Senior Leaving Certificate Examination (including Day School Certificate (Higher) General paper), 1946
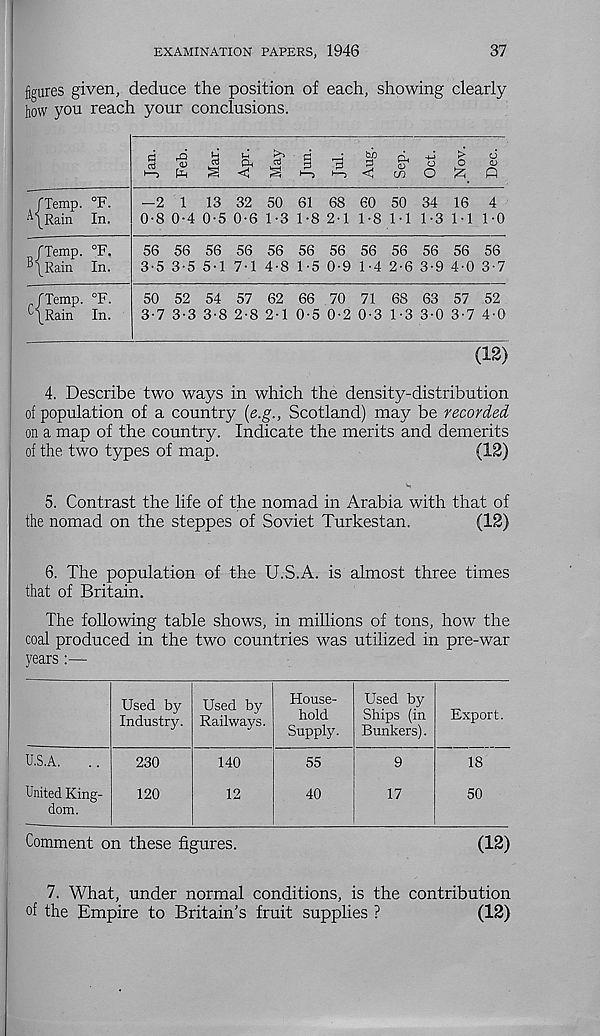
EXAMINATION PAPERS, 1946
37
figures given, deduce the position of each, showing clearly
how you reach your conclusions.
/Temp. °F.
A/Rain In.
§
rQ <D
pH
CTJ
<
cd Pi
0
b/3
0
<
rL -4-j
o
o o
o
O ^ Q
-2 1 13 32 50 61 68 60 50 34 16 4
0-8 0-4 0-5 0-6 1-3 1-8 2-1 1-8 M 1-3 M 1-0
/Temp. °F.
^/Rain In.
56 56 56 56 56 56 56 56 56 56 56 56
3-5 3-5 5-1 7-1 4-8 1-5 0-9 1-4 2-6 3-9 4-0 3-7
/Temp. °F.
^/Rain In.
50 52 54 57 62 66 70 71 68 63 57 52
3-7 3-3 3-8 2-8 2-1 0-5 0-2 0-3 1-3 3-0 3-7 4-0
(12)
4. Describe two ways in which the density-distribution
of population of a country (e.g., Scotland) may be recorded
on a map of the country. Indicate the merits and demerits
of the two types of map.
(12)
5. Contrast the life of the nomad in Arabia with that of
the nomad on the steppes of Soviet Turkestan.
(12)
6. The population of the ITS.A. is almost three times
that of Britain.
The following table shows, in millions of tons, how the
coal produced in the two countries was utilized in pre-war
years:—
Used by
Industry.
Used by
Railways.
House-
hold
Supply.
Used by
Ships (in
Bunkers).
Export.
U.S.A.
United King-
dom.
230
120
140
12
55
40
9
17
18
50
Comment on these figures.
(12)
7. What, under normal conditions, is the contribution
of the Empire to Britain’s fruit supplies ?
(12)